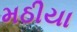
મઠીયા